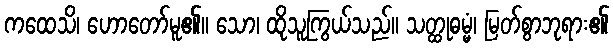
ကထေသိ၊ ဟောတော်မူ၏။ သော၊ ထိုသူကြွယ်သည်။ သတ္ထုဓမ္မံ၊ မြတ်စွာဘုရား၏